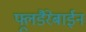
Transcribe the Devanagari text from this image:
फ्लूडैरेबाईन